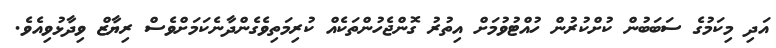
އަދި މިކަމުގެ ސަބަބުން ކުށްކުރުން ހުއްޓުވުމަށް އިތުރު ގޮންޖެހުންތަކެއް ކުރިމަތިވެގެންދާނެކަމަށްވެސް ރިޔާޒް ވިދާޅުވިއެވެ.